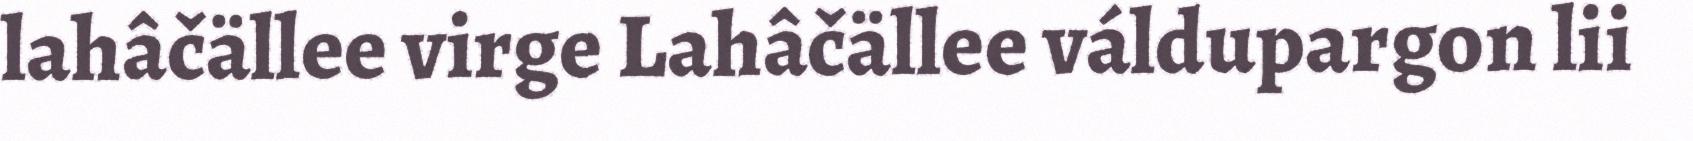
lahâčällee virge Lahâčällee váldupargon lii